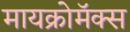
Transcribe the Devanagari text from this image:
मायक्रोमॅक्स